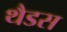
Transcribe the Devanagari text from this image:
थैडस